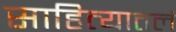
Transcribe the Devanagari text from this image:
साहित्यातलं